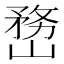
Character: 𡻒